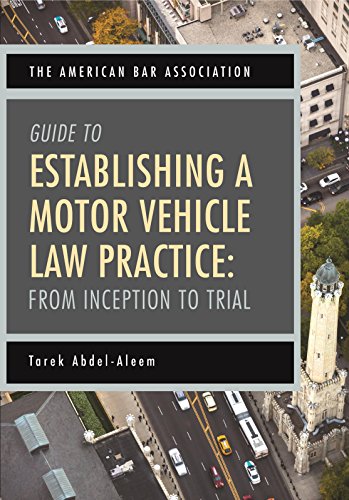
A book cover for The American Bar Association Guide to Establishing a Motor Vehicle Law Practice: From Inception to Trial; Tarek Abdel-Aleem; Law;